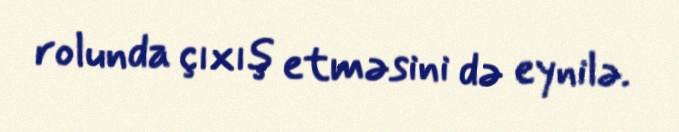
rolunda çıxış etməsini də eynilə.